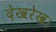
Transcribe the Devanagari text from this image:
देखरेख।